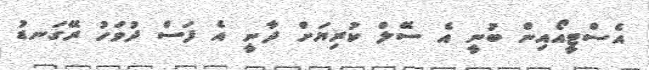
އެސްޓީއޯއިން ބުނީ އެ ސޭލް ކުރިޔަށް ދާނީ އެ ފަސް ދުވަހު ރޭގަނޑު